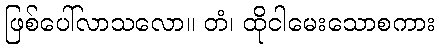
ဖြစ်ပေါ်လာသလော။ တံ၊ ထိုငါမေးသောစကား